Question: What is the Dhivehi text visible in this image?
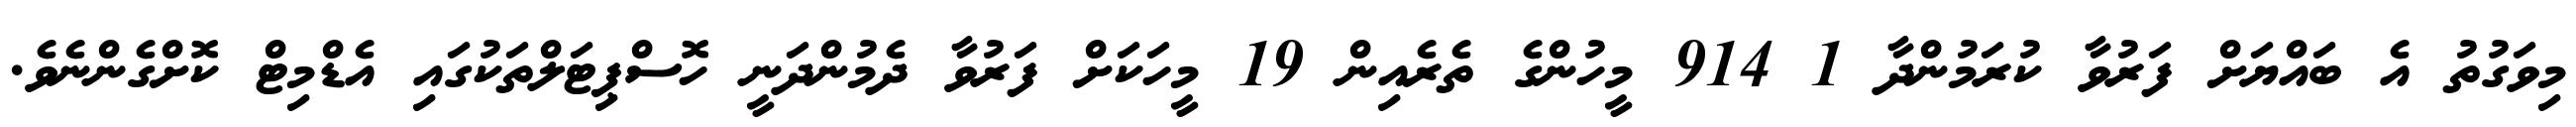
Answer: މިވަގުތު އެ ބައްޔަށް ފަރުވާ ކުރަމުންދާ 1 914 މީހުންގެ ތެރެއިން 19 މީހަކަށް ފަރުވާ ދެމުންދަނީ ހޮސްޕިޓަލްތަކުގައި އެޑްމިޓް ކޮށްގެންނެވެ.